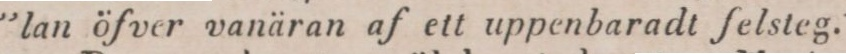
”lan öfver vanäran af ett uppenbaradt felsteg.”